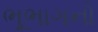
ભૂભાગનો